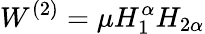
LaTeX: W^{(2)}=\mu H_{1}^{\alpha}H_{2\alpha}